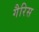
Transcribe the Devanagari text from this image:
गैरिस